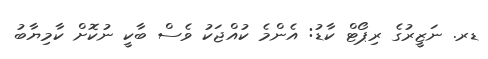
ޑރ. ނަޒީރުގެ ރިޕޯޓް ކާޑު: އެންމެ ކުއްޖަކު ވެސް ބާކީ ނުކޮށް ކާމިޔާބު